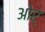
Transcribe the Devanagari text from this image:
ओर्‍